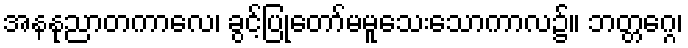
အနနုညာတကာလေ၊ ခွင့်ပြုတော်မမူသေးသောကာလ၌။ ဘတ္တဂ္ဂေ၊